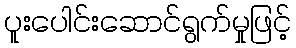
ပူးပေါင်းဆောင်ရွက်မှုဖြင့်